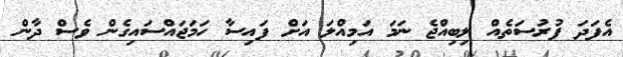
އެފަދަ ފުރުސަތެއް ލިބިއްޖެ ނަމަ އަމިއްލަ އަށް ފައިސާ ހަމަޖައްސައިގެން ވެސް ދާން